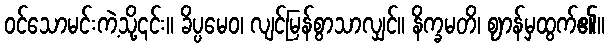
ဝင်သောမင်းကဲ့သို့၎င်း။ ခိပ္ပမေဝ၊ လျင်မြန်စွာသာလျှင်။ နိက္ခမတိ၊ ဈာန်မှထွက်၏။